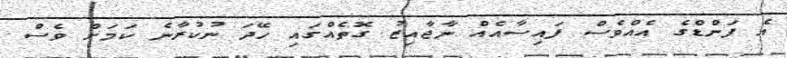
އެ ފަންޑްގެ އެއްވެސް ފައިސާއެއް ނާޖާއިޒު ގޮތެއްގައި ހޭދަ ނުކުރާނެ ކަމަށް ވެސް